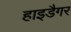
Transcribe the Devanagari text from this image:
हाइडैगर